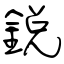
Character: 鋭